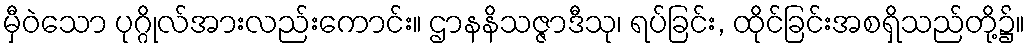
မှီဝဲသော ပုဂ္ဂိုလ်အားလည်းကောင်း။ ဌာနနိသဇ္ဇာဒီသု၊ ရပ်ခြင်း, ထိုင်ခြင်းအစရှိသည်တို့၌။